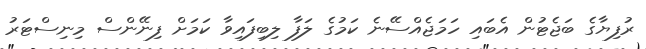
ރުފިޔާގެ ބަޖެޓުން އެބައި ހަމަޖެއްސޭނެ ކަމުގެ ލަފާ ލިބިފައިވާ ކަމަށް ފިނޭންސް މިނިސްޓަރު